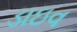
ડાઇવ